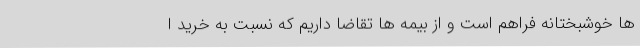
ها خوشبختانه فراهم است و از بیمه ها تقاضا داریم که نسبت به خرید ا